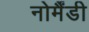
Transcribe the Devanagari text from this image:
नोर्मैंडी